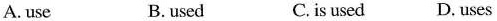
A. use B. used C. is used D. uses